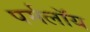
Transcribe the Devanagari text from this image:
पर्मलॉय